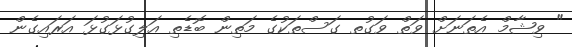
" ވިޝާމް އެތަނަށް ވަތް ވަގުތ ގަސްތަކުގެ މަތިން ބޮޑެތި އަލިގުޅަގުޅަ އަރައިގެން